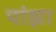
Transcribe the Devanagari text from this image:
पांझा